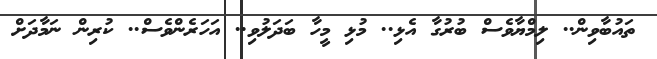
ތައުބާވިން.. ލިމްޔާވެސް ބުރުގާ އެޅި.. މުޅި މީހާ ބަދަލުވި.. އަހަރެންވެސް.. ކުރިން ނަމާދަށް